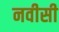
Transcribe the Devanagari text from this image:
नवीसी